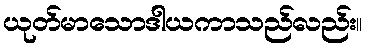
ယုတ်မာသောဒါယကာသည်လည်း။